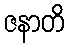
ဇနာတိ